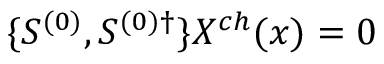
\{ S ^ { ( 0 ) } , S ^ { ( 0 ) \dagger } \} X ^ { c h } ( x ) = 0